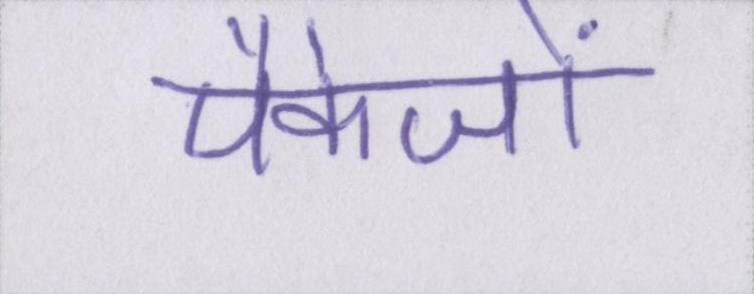
पैकेजों